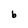
Character: b